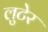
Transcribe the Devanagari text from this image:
लुटेर